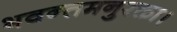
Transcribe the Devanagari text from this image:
भवन्तमनुरक्ता।